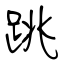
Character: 跳